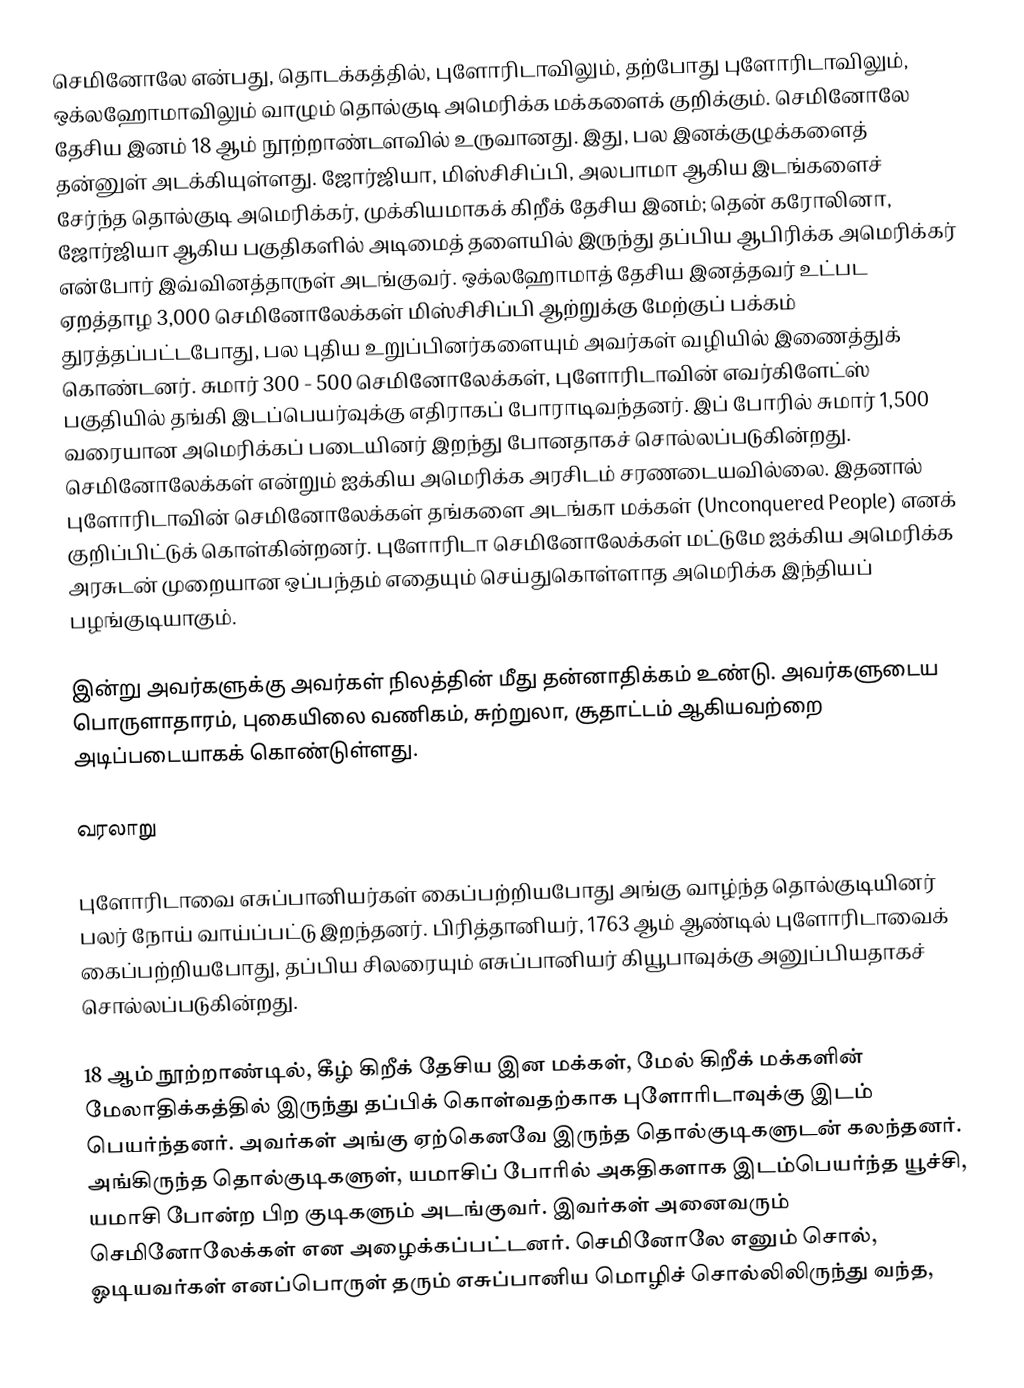
செமினோலே என்பது, தொடக்கத்தில், புளோரிடாவிலும், தற்போது புளோரிடாவிலும், ஒக்லஹோமாவிலும் வாழும் தொல்குடி அமெரிக்க மக்களைக் குறிக்கும். செமினோலே தேசிய இனம் 18 ஆம் நூற்றாண்டளவில் உருவானது. இது, பல இனக்குழுக்களைத் தன்னுள் அடக்கியுள்ளது. ஜோர்ஜியா, மிஸ்சிசிப்பி, அலபாமா ஆகிய இடங்களைச் சேர்ந்த தொல்குடி அமெரிக்கர், முக்கியமாகக் கிறீக் தேசிய இனம்; தென் கரோலினா, ஜோர்ஜியா ஆகிய பகுதிகளில் அடிமைத் தளையில் இருந்து தப்பிய ஆபிரிக்க அமெரிக்கர் என்போர் இவ்வினத்தாருள் அடங்குவர். ஒக்லஹோமாத் தேசிய இனத்தவர் உட்பட ஏறத்தாழ 3,000 செமினோலேக்கள் மிஸ்சிசிப்பி ஆற்றுக்கு மேற்குப் பக்கம் துரத்தப்பட்டபோது, பல புதிய உறுப்பினர்களையும் அவர்கள் வழியில் இணைத்துக் கொண்டனர். சுமார் 300 - 500 செமினோலேக்கள், புளோரிடாவின் எவர்கிளேட்ஸ் பகுதியில் தங்கி இடப்பெயர்வுக்கு எதிராகப் போராடிவந்தனர். இப் போரில் சுமார் 1,500 வரையான அமெரிக்கப் படையினர் இறந்து போனதாகச் சொல்லப்படுகின்றது. செமினோலேக்கள் என்றும் ஐக்கிய அமெரிக்க அரசிடம் சரணடையவில்லை. இதனால் புளோரிடாவின் செமினோலேக்கள் தங்களை அடங்கா மக்கள் (Unconquered People) எனக் குறிப்பிட்டுக் கொள்கின்றனர். புளோரிடா செமினோலேக்கள் மட்டுமே ஐக்கிய அமெரிக்க அரசுடன் முறையான ஒப்பந்தம் எதையும் செய்துகொள்ளாத அமெரிக்க இந்தியப் பழங்குடியாகும்.

இன்று அவர்களுக்கு அவர்கள் நிலத்தின் மீது தன்னாதிக்கம் உண்டு. அவர்களுடைய பொருளாதாரம், புகையிலை வணிகம், சுற்றுலா, சூதாட்டம் ஆகியவற்றை அடிப்படையாகக் கொண்டுள்ளது.

வரலாறு

புளோரிடாவை எசுப்பானியர்கள் கைப்பற்றியபோது அங்கு வாழ்ந்த தொல்குடியினர் பலர் நோய் வாய்ப்பட்டு இறந்தனர். பிரித்தானியர், 1763 ஆம் ஆண்டில் புளோரிடாவைக் கைப்பற்றியபோது, தப்பிய சிலரையும் எசுப்பானியர் கியூபாவுக்கு அனுப்பியதாகச் சொல்லப்படுகின்றது.

18 ஆம் நூற்றாண்டில், கீழ் கிறீக் தேசிய இன மக்கள், மேல் கிறீக் மக்களின் மேலாதிக்கத்தில் இருந்து தப்பிக் கொள்வதற்காக புளோரிடாவுக்கு இடம் பெயர்ந்தனர். அவர்கள் அங்கு ஏற்கெனவே இருந்த தொல்குடிகளுடன் கலந்தனர். அங்கிருந்த தொல்குடிகளுள், யமாசிப் போரில் அகதிகளாக இடம்பெயர்ந்த யூச்சி, யமாசி போன்ற பிற குடிகளும் அடங்குவர். இவர்கள் அனைவரும் செமினோலேக்கள் என அழைக்கப்பட்டனர். செமினோலே எனும் சொல், ஓடியவர்கள் எனப்பொருள் தரும் எசுப்பானிய மொழிச் சொல்லிலிருந்து வந்த,